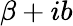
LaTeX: \beta+ib